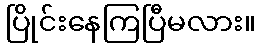
ပြိုင်းနေကြပြီမလား။